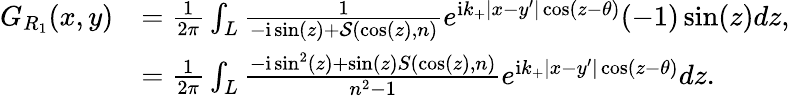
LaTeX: \begin{array}{rl}{G_{R_{1}}(x,y)}&{=\frac{1}{2\pi}\int_{L}\frac{1}{-\mathrm{i}\sin(z)+\mathcal{S}(\cos(z),n)}e^{\mathrm{i}k_{+}|x-y^{\prime}|\cos(z-\theta)}(-1)\sin(z)dz,}\\ &{=\frac{1}{2\pi}\int_{L}\frac{-\textrm{i}\sin^{2}(z)+\sin(z)S(\cos(z),n)}{n^{2}-1}e^{\mathrm{i}k_{+}|x-y^{\prime}|\cos(z-\theta)}dz.}\end{array}